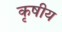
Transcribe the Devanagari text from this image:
कृषीय